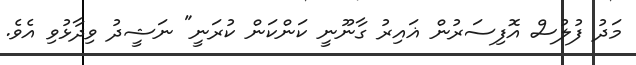
މަދު ފުލުސް އޮފިސަރުން ޣައިރު ގާނޫނީ ކަންކަން ކުރަނީ" ނަޝީދު ވިދާޅުވި އެވެ.